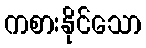
ကစားနိုင်သော